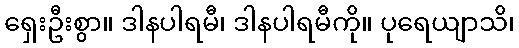
ရှေးဦးစွာ။ ဒါနပါရမီ၊ ဒါနပါရမီကို။ ပုရေယျာသိ၊